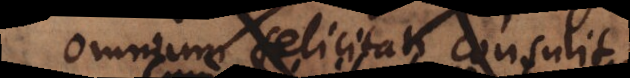
omnium felicitati consulit